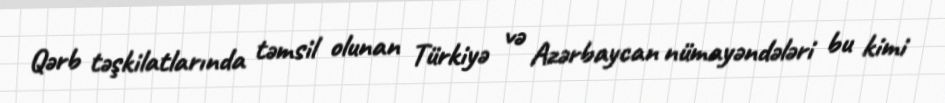
Qərb təşkilatlarında təmsil olunan Türkiyə və Azərbaycan nümayəndələri bu kimi